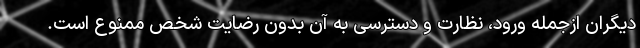
دیگران ازجمله ورود، نظارت و دسترسی به آن بدون رضایت شخص ممنوع است.